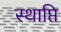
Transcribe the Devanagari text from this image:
स्थाप्ति